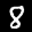
Label: 8